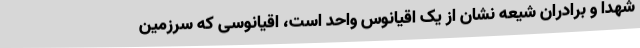
شهدا و برادران شیعه نشان از یک اقیانوس واحد است، اقیانوسی که سرزمین